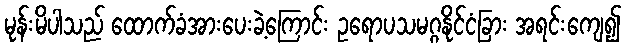
မုန်းမိပါသည် ထောက်ခံအားပေးခဲ့ကြောင်း ဥရောပသမဂ္ဂနိုင်ငံခြား အရင်းကျေ၍